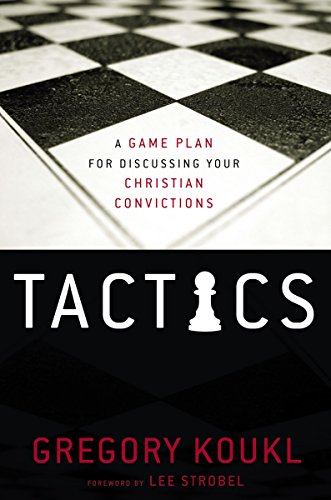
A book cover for Tactics: A Game Plan for Discussing Your Christian Convictions; Gregory Koukl; Christian Books & Bibles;